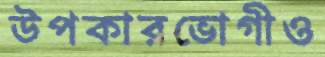
উপকারভোগীও